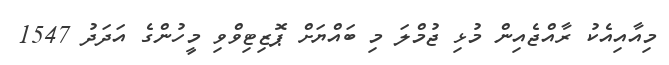
މިއާއިއެކު ރާއްޖެއިން މުޅި ޖުމްލަ މި ބައްޔަށް ޕޮޒިޓިވްވި މީހުންގެ އަދަދު 1547